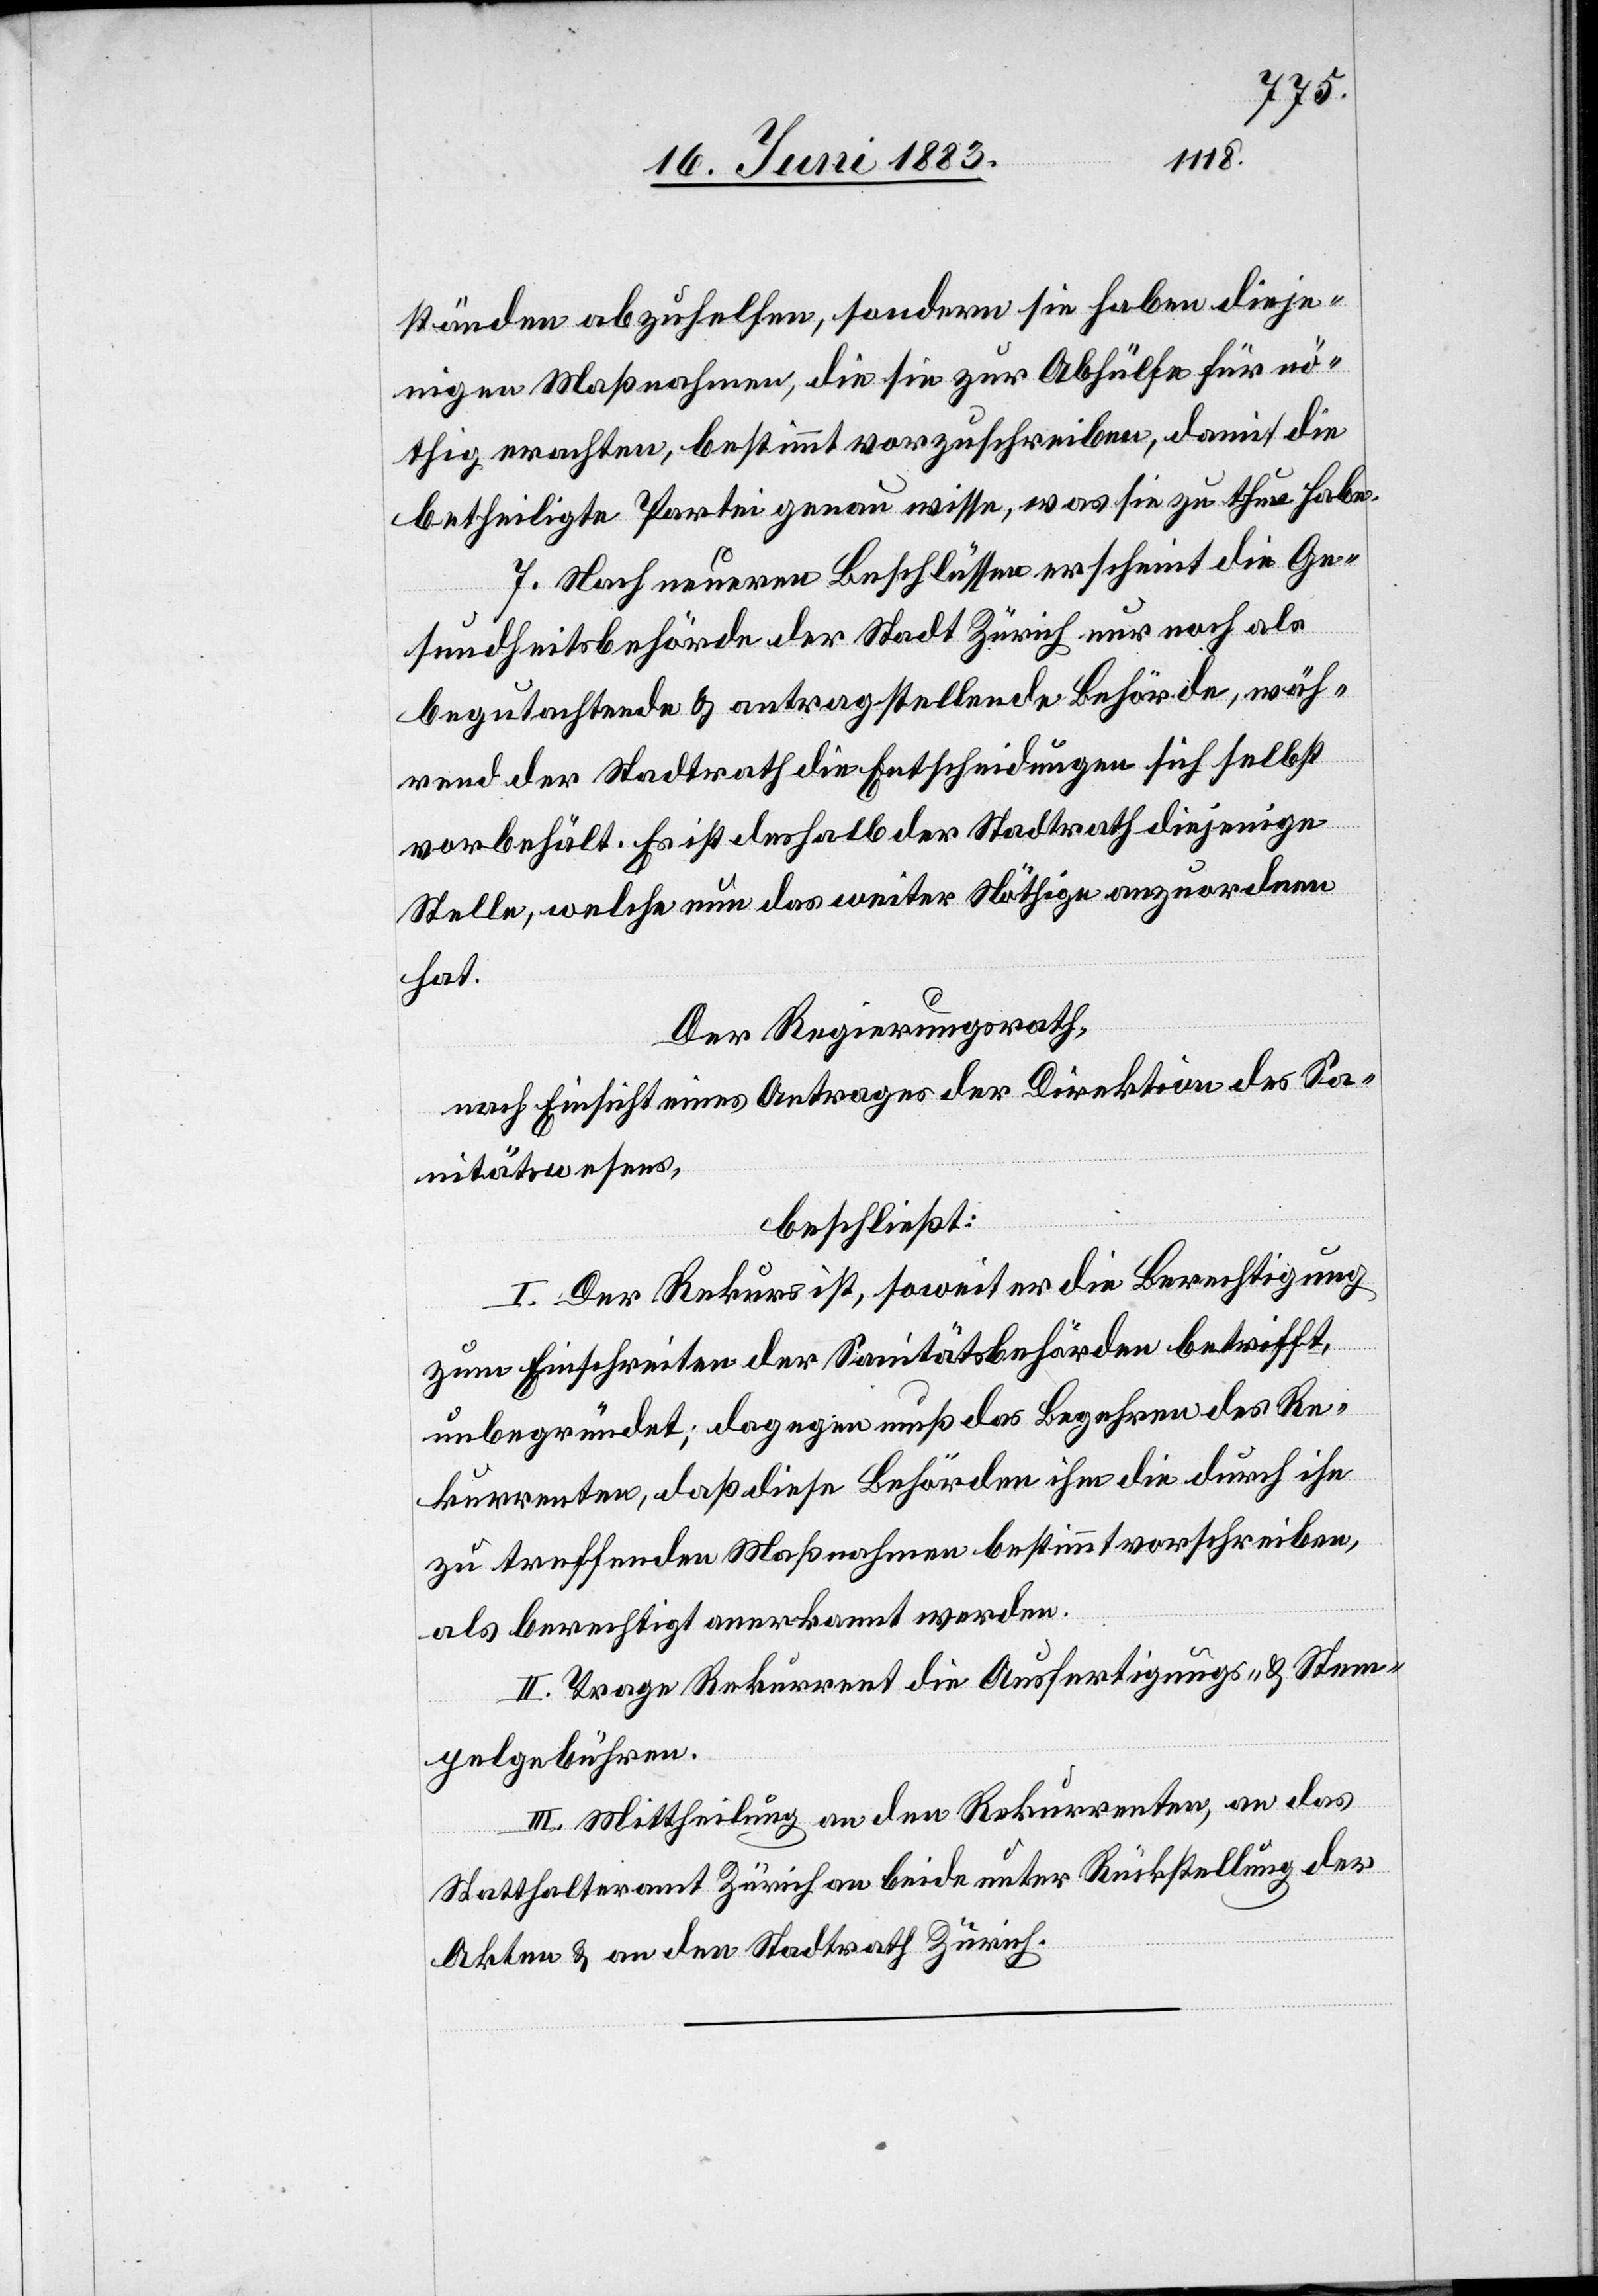
ständen abzuhelfen, sondern sie haben dieje¬
nigen Maßnahmen, die sie zur Abhülfe für nö¬
thig erachten, bestimmt vorzuschreiben, damit die
betheiligte Partei genau wisse, was sie zu thun habe.
7. Nach neueren Beschlüssen erscheint die Ge¬
sundheitsbehörde der Stadt Zürich nur noch als
begutachtende & antragstellende Behörde, wäh¬
rend der Stadtrath die Entscheidungen sich selbst
vorbehält. Es ist deshalb der Stadtrath diejenige
Stelle, welche nun das weiter Nöthige anzuordnen
hat.
Der Regierungsrath,
nach Einsicht eines Antrages der Direktion des Sa¬
nitätswesens,
beschließt:
I. Der Rekurs ist, soweit er die Berechtigung
zum Einschreiten der Sanitätsbehörden betrifft,
unbegründet; dagegen muß das Begehren des Re¬
kurrenten, daß diese Behörden ihm die durch ihn
zu treffenden Maßnahmen bestimmt vorschreiben,
als berechtigt anerkannt werden.
II. Trage Rekurrent die Ausfertigungs- und Stem¬
pelgebühren.
III. Mittheilung an den Rekurrenten, an das
Statthalteramt Zürich an beide unter Rückstellung der
Akten & an den Stadtrath Zürich.